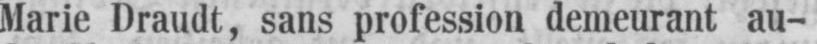
Marie Draudt, sans profession demeurant au-